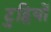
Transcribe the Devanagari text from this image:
टुट्सियों